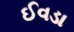
ઈવડા